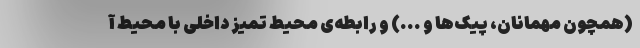
(همچون مهمانان، پیک‌ها و ...) و رابطه‌ی محیط تمیز داخلی با محیط آ